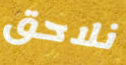
نلاحق